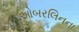
ઓબરલિનના